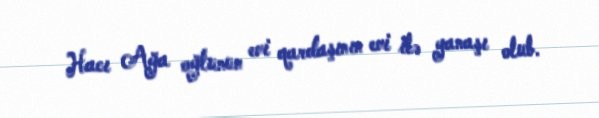
Hacı Ağa oğlunun evi qardaşının evi ilə yanaşı olub.